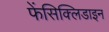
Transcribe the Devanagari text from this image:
फेंसिक्लिडाइन